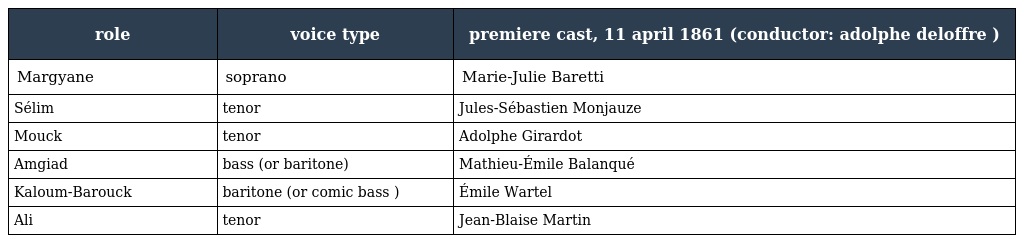
| role | voice type | premiere cast, 11 april 1861 (conductor: adolphe deloffre ) |
 | --- | --- | --- |
 | Margyane | soprano | Marie-Julie Baretti |
 | Sélim | tenor | Jules-Sébastien Monjauze |
 | Mouck | tenor | Adolphe Girardot |
 | Amgiad | bass (or baritone) | Mathieu-Émile Balanqué |
 | Kaloum-Barouck | baritone (or comic bass ) | Émile Wartel |
 | Ali | tenor | Jean-Blaise Martin |